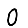
Digit: 0